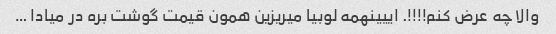
والا چه عرض کنم!!!!. اییینهمه لوبیا میریزین همون قیمت گوشت بره در میادا …